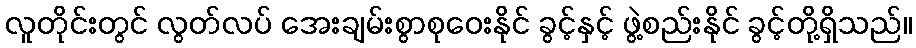
လူတိုင်းတွင် လွတ်လပ် အေးချမ်းစွာစုဝေးနိုင် ခွင့်နှင့် ဖွဲ့စည်းနိုင် ခွင့်တို့ရှိသည်။